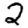
Digit: 2